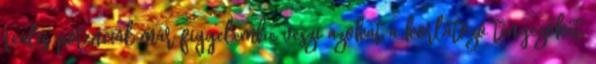
reális potenciál már figyelembe veszi azokat a korlátozó tényezőket,